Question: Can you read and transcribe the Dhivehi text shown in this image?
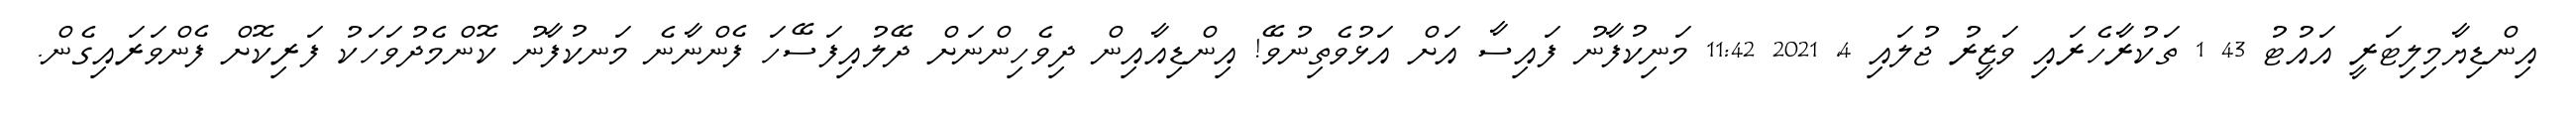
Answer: އިންޑިޔާމިލިޓަރީ އައުޓު 43 1 ތަކުރާހެރައި ވަޒީރު ޖުލައި 4, 2021 11:42 މަނިކުފާނު ފައިސާ އަށް އަޅުވެތިނުވޭ! އިންޑިއާއިން ދިވެހިންނަށް ދޭލުއިފަސޭހަ ފެންނާނެ މަނކުފާނު ކޮންމެދުވަހަކު ފަރިކޮށް ފެންވަރައިގެން.